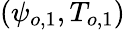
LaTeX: (\psi_{o,1},T_{o,1})